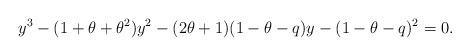
LaTeX: \begin{align*}y^3-(1+\theta+\theta^2)y^2-(2\theta+1)(1-\theta-q)y-(1-\theta-q)^2=0.\end{align*}